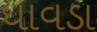
ધાવડા